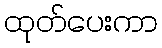
ထုတ်ပေးကာ